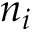
n _ { i }